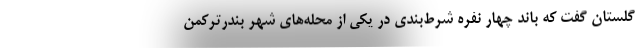
گلستان گفت که باند چهار نفره شرط‌بندی در یکی از محله‌های شهر بندرترکمن